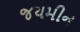
જયમીન